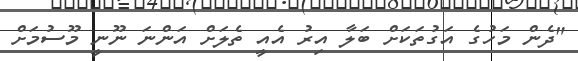
"ދެން މަހުގެ އަގުތަކަށް ބަލާ އިރު އެއީ ތެލަށް އަންނަ ނޫނީ މޫސުމަށް